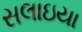
સલાઇયા